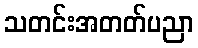
သတင်းအတတ်ပညာ